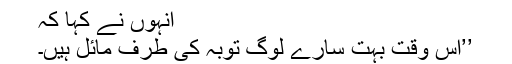
انہوں نے کہا کہ
’’اس وقت بہت سارے لوگ توبہ کی طرف مائل ہیں۔